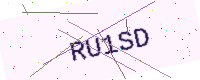
Text: RU1SD